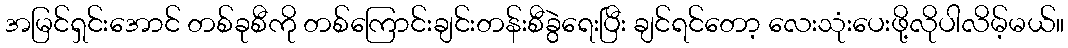
အမြင်ရှင်းအောင် တစ်ခုစီကို တစ်ကြောင်းချင်းတန်းစီခွဲရေးပြီး ချင်ရင်တော့ လေးသုံးပေးဖို့လိုပါလိမ့်မယ်။